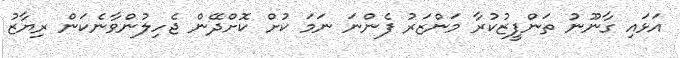
އަޅައި ގާނޫނު ތަންފީޒުކުރާ މަންޒަރު ފެންނަ ނަމަ ކުށް ކޮށްދޭން ޖެހިލުންވާނެކަން ރިޔާޒު